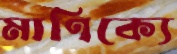
মাণিক্যে